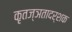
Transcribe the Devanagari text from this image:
कृतज्ञतादर्शक